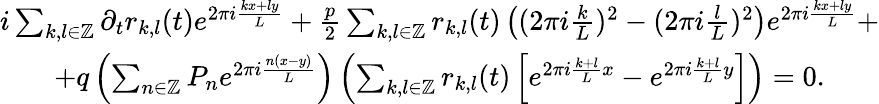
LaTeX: \begin{array}{c}{i\sum_{k,l\in\mathbb{Z}}\partial_{t}r_{k,l}(t)e^{2\pi i\frac{kx+ly}L}+\frac{p}2\sum_{k,l\in\mathbb{Z}}r_{k,l}(t)\left((2\pi i\frac{k}L)^{2}-(2\pi i\frac{l}L)^{2}\right)e^{2\pi i\frac{kx+ly}L}+}\\ {+q\left(\sum_{n\in\mathbb{Z}}P_{n}e^{2\pi i\frac{n(x-y)}L}\right)\left(\sum_{k,l\in\mathbb{Z}}r_{k,l}(t)\left[e^{2\pi i\frac{k+l}Lx}-e^{2\pi i\frac{k+l}Ly}\right]\right)=0.}\end{array}